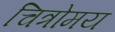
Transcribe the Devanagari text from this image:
चित्रोमय